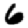
Digit: 6